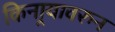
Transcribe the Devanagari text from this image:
किनार्‍यावरुन